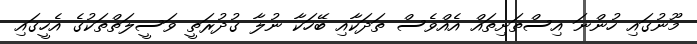
މޫނުގައި ހުންނަ އިސްތަށިތައް އެއްވެސް ތަދަކާއި ބޭހަކާ ނުލާ ގުދުރަތީ ވަސީލަތްތަކުގެ އެހީގައި